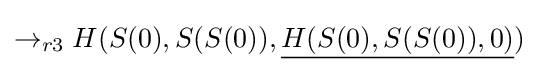
\rightarrow _{r3}H(S(0),S(S(0)),{\underline {H(S(0),S(S(0)),0)}})